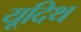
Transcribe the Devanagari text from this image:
यूदिथ